Problem: 5 + 44 = ?
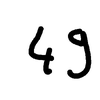
Handwritten answer: 49